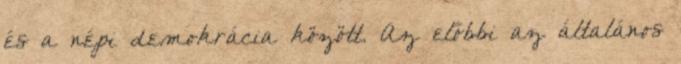
és a népi demokrácia között. Az előbbi az általános